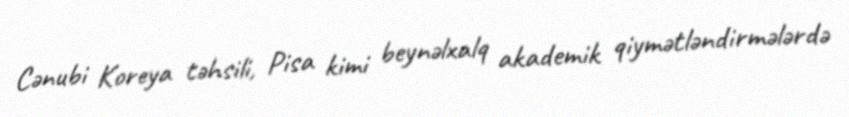
Cənubi Koreya təhsili, Pisa kimi beynəlxalq akademik qiymətləndirmələrdə